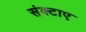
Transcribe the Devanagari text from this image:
संक्टाए